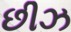
છીઝ